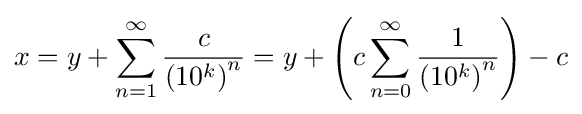
x=y+\sum _{n=1}^{\infty }{\frac {c}{{(10^{k})}^{n}}}=y+\left(c\sum _{n=0}^{\infty }{\frac {1}{{(10^{k})}^{n}}}\right)-c